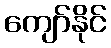
ကျော်နိုင်